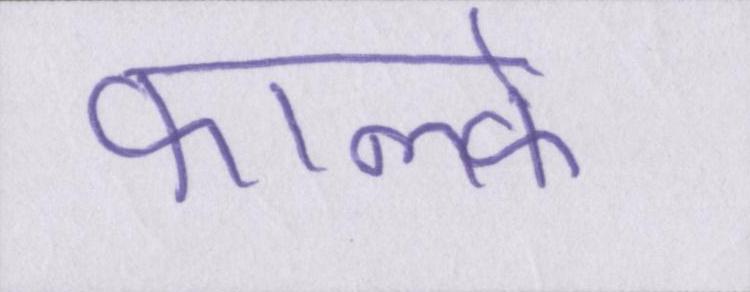
फाल्के